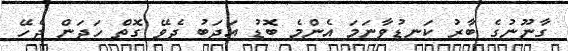
ގާނޫނުގެ ބާރު ކަނޑުވާނަމަ އެންމެ ބޮޑު އަދަބު ދެވޭ ގޮތް ހަދަން ޖެހޭ